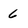
Character: 6